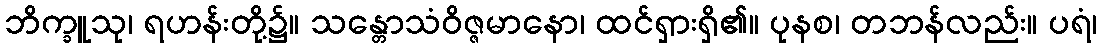
ဘိက္ခူသု၊ ရဟန်းတို့၌။ သန္တောသံဝိဇ္ဇမာနော၊ ထင်ရှားရှိ၏။ ပုနစ၊ တဘန်လည်း။ ပရံ၊